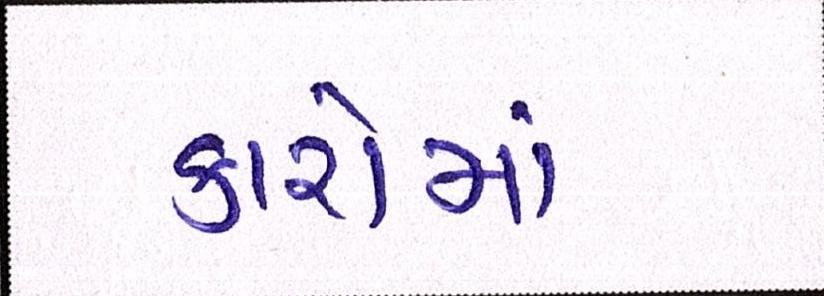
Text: કારોમાં